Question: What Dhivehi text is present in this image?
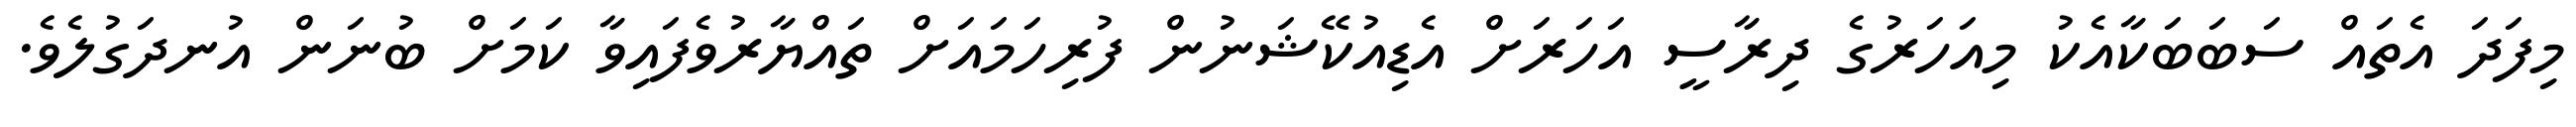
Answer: މިފަދަ އެތައް ސަބަބަކާއެކު މިއަހަރުގެ ދިރާސީ އަހަރަށް އެޑިއުކޭޝަނުން ފުރިހަމައަށް ތައްޔާރުވެފައިވާ ކަމަށް ބުނަން އުނދަގުލެވެ.